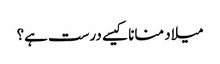
میلاد منانا کیسے درست ہے؟